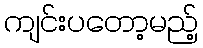
ကျင်းပတော့မည့်